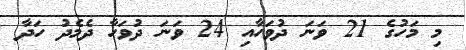
މި މަހުގެ 21 ވަނަ ދުވަހާއި 24 ވަނަ ދުވަހާ ދެމެދު ހަދާ